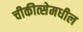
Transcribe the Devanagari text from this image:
चीकीत्सेमधील